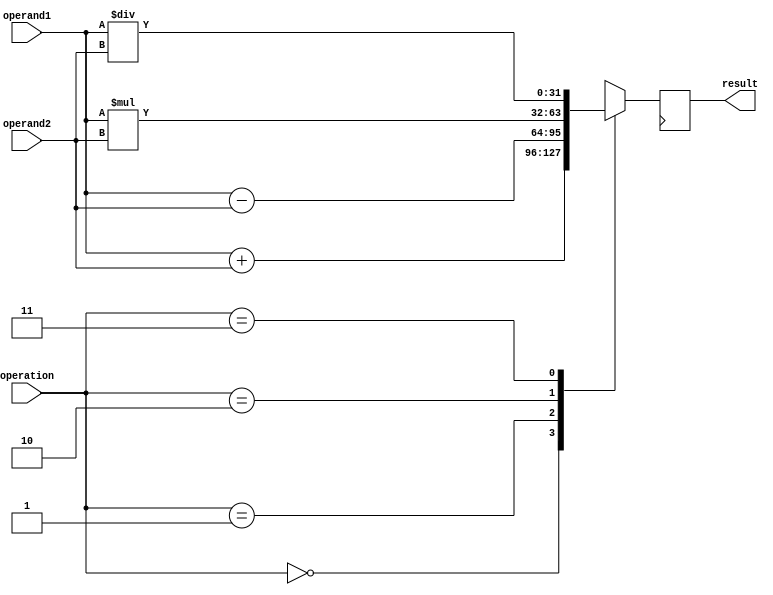
module floating_point_ALU(
    input [31:0] operand1,
    input [31:0] operand2,
    input [1:0] operation,
    output reg [31:0] result
);

reg [31:0] temp_result;

always @(*)
begin
    case(operation)
        2'b00:   // addition
            temp_result = operand1 + operand2;
        2'b01:   // subtraction
            temp_result = operand1 - operand2;
        2'b10:   // multiplication
            temp_result = operand1 * operand2;
        2'b11:   // division
            temp_result = operand1 / operand2;
        default:
            temp_result = 32'b0;  // default to 0 in case of invalid operation
    endcase
end

always @(posedge clk)
begin
    result <= temp_result;
end
endmodule